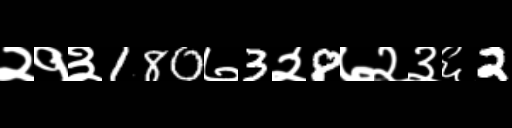
Text: २१३180७3२8७२३६2